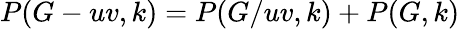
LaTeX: P(G-uv,k)=P(G/uv,k)+P(G,k)